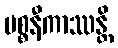
ပစ္စနီကာဿန္တိ